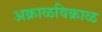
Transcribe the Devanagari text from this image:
अक्राळविक्राळ